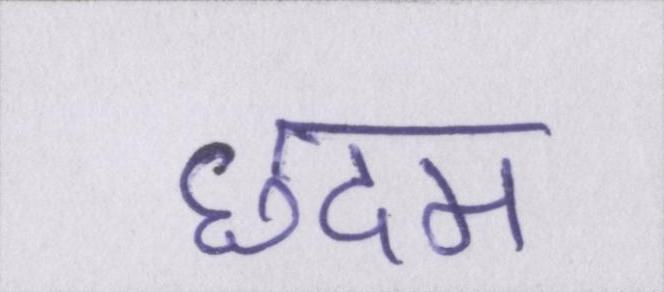
छदम